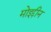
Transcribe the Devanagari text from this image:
मोइद्दीन